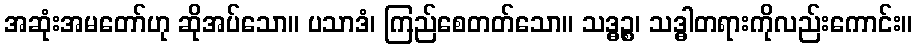
အဆုံးအမတော်ဟု ဆိုအပ်သော။ ပသာဒံ၊ ကြည်စေတတ်သော။ သဒ္ဓဉ္စ၊ သဒ္ဓါတရားကိုလည်းကောင်း။